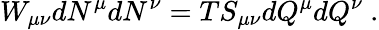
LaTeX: W_{\mu\nu}dN^{\mu}dN^{\nu}=TS_{\mu\nu}dQ^{\mu}dQ^{\nu}\ .